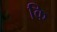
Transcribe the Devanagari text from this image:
कि